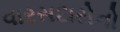
વારસદારોનો